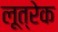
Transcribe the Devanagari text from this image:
लूत्रेक